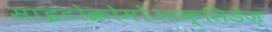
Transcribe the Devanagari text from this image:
साइटोक्रोमोआक्सिडेज़